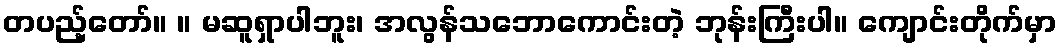
တပည့်တော်။ ။ မဆူရှာပါဘူး၊ အလွန်သဘောကောင်းတဲ့ ဘုန်းကြီးပါ။ ကျောင်းတိုက်မှာ